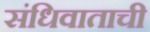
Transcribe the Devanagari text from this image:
संधिवाताची